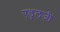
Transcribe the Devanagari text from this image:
एडुलजी